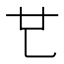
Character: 𠃟